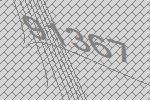
91367